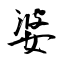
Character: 婆